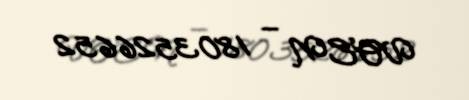
VOEN — 1803526652